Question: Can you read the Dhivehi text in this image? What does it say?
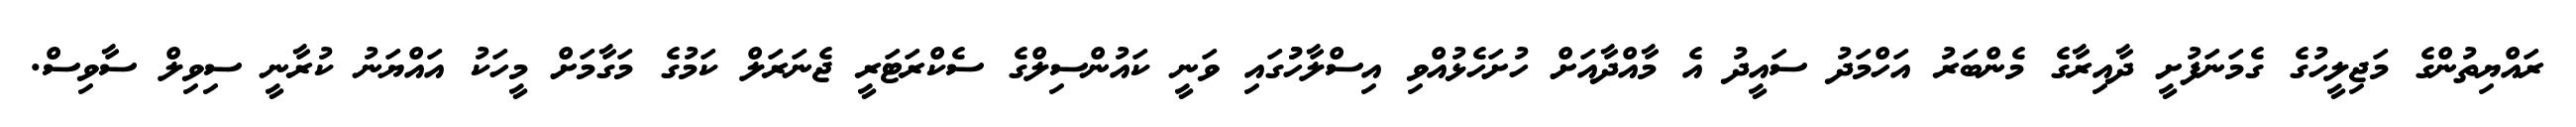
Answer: ރައްޔިތުންގެ މަޖިލީހުގެ ގެމަނަފުށީ ދާއިރާގެ މެންބަރު އަހްމަދު ސައީދު އެ މާއްދާއަށް ހުށަހެޅުއްވި އިސްލާހުުގައި ވަނީ ކައުންސިލްގެ ސެކްރަޓަރީ ޖެނަރަލް ކަމުގެ މަގާމަށް މީހަކު އައްޔަނު ކުރާނީ ސިވިލް ސާވިސް.